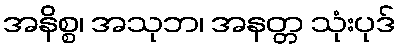
အနိစ္စ၊ အသုဘ၊ အနတ္တ သုံးပုဒ်